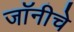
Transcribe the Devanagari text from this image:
जॉनीचे